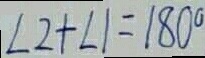
\angle 2 + \angle 1 = 1 8 0 ^ { \circ }